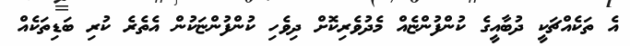
އެ ތަކެއްޗަކީ ދުބާއީގެ ކުންފުންޏެއް މެދުވެރިކޮށް ދިވެހި ކުންފުންޏަކުން އެތެރެ ކުރި ބަޑިތަކެއް